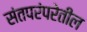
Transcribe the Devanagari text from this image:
संतपरंपरेतील